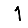
Digit: 1